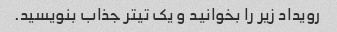
رویداد زیر را بخوانید و یک تیتر جذاب بنویسید.